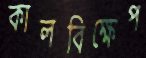
কালবিক্ষেপ